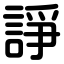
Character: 諍